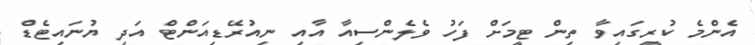
އެންމެ ކުރީގައިވާ ތިން ޓީމަށް ފަހު ވެލެންސިއާ އާއި ނިއުރޭޑިއަންޓް އަދި ޔުނައިޓެޑް